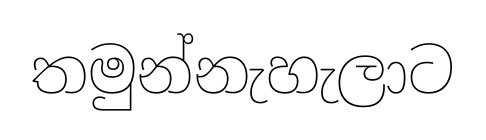
තමුන්නැහැලාට